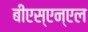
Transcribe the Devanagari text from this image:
बीएस्‌एन्‌एल